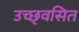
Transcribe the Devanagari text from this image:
उच्छ्‌वसित